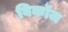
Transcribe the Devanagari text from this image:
बिकॉज